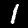
Digit: 1